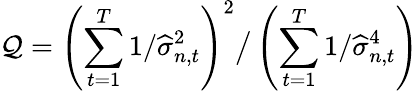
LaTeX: \mathcal{Q}=\left(\sum_{t=1}^{T}1/\widehat{{\sigma}}_{n,t}^{2}\right)^{2}\big/\left(\sum_{t=1}^{T}1/\widehat{{\sigma}}_{n,t}^{4}\right)